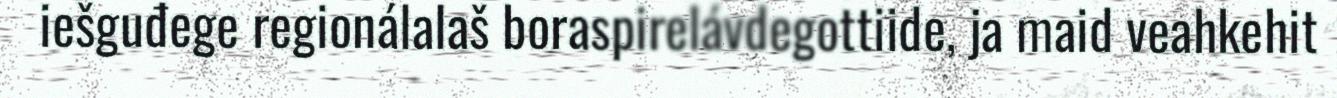
iešguđege regionálalaš boraspirelávdegottiide, ja maid veahkehit